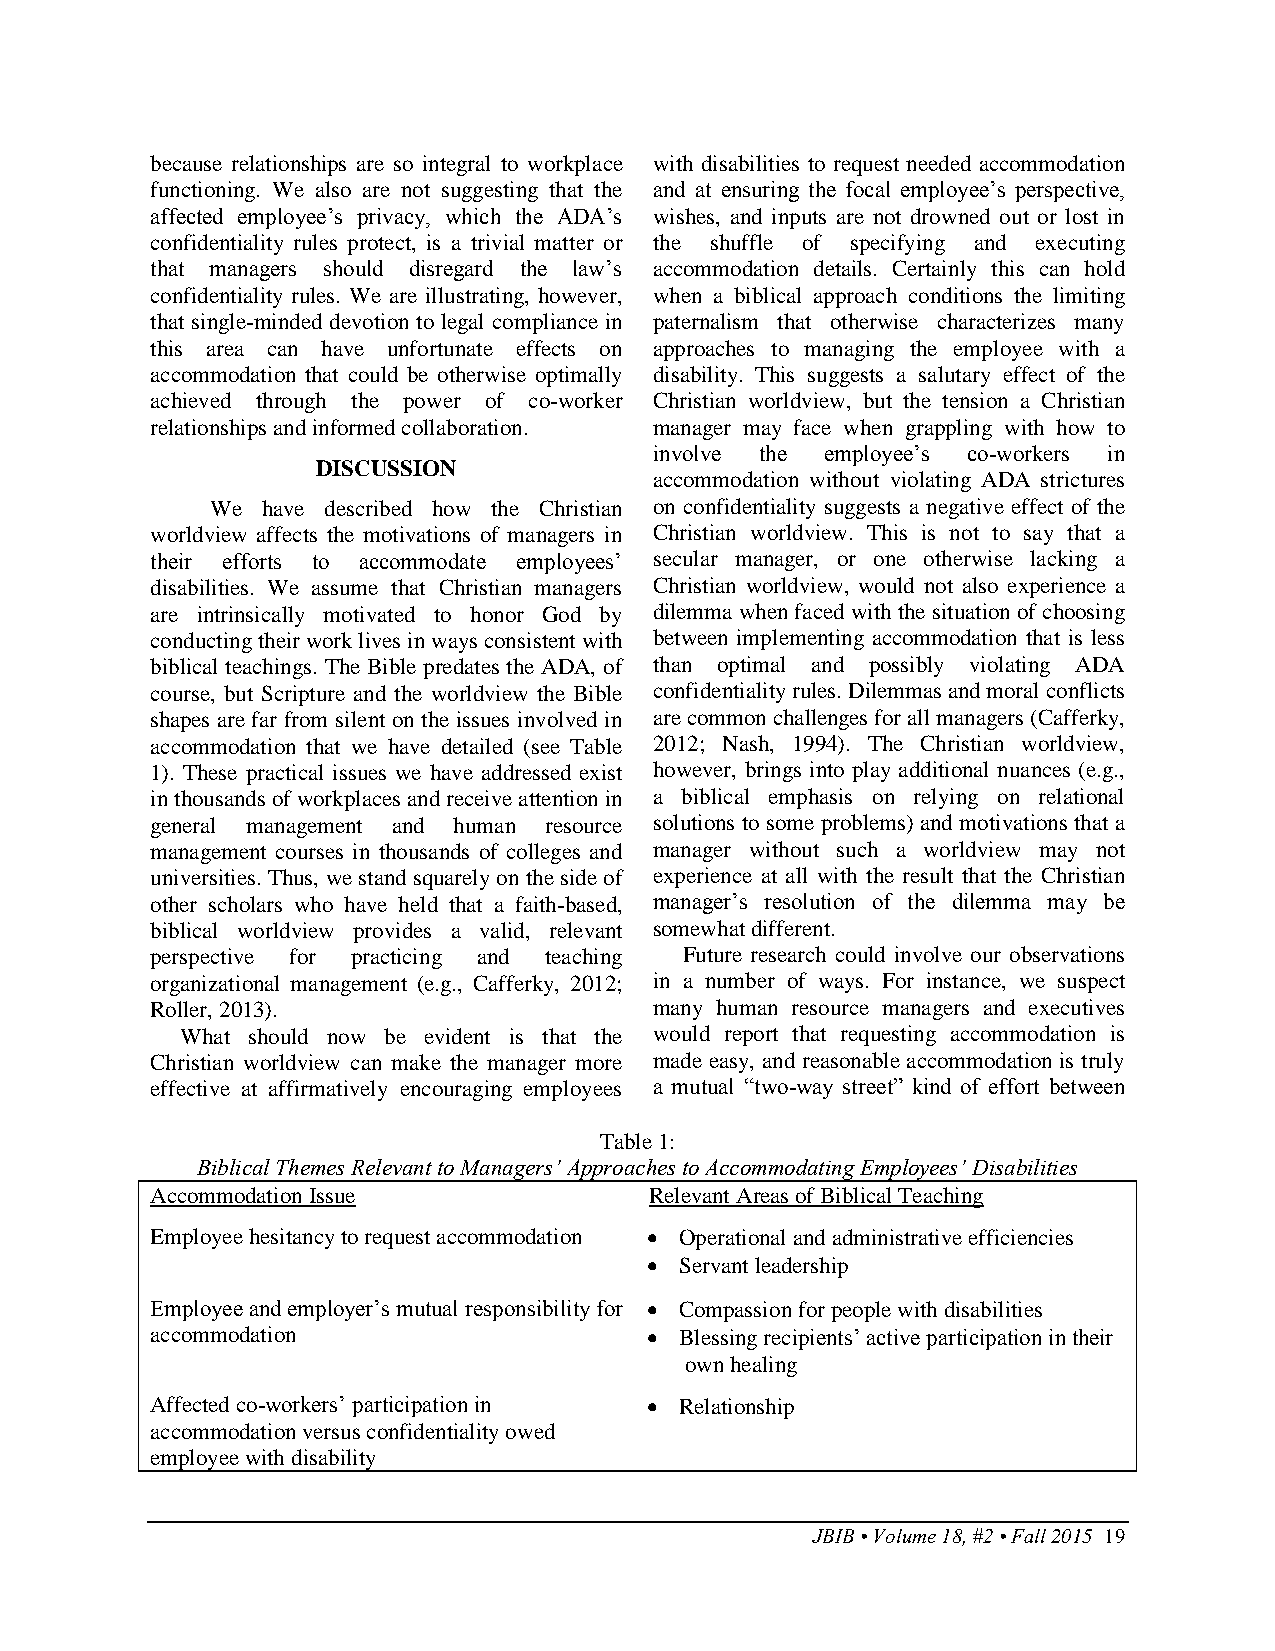
because relationships are so integral to workplace with disabilities to request needed accommodation
 functioning. We also are not suggesting that the and at ensuring the focal employee’s perspective,
 affected employee’s privacy, which the ADA’s wishes, and inputs are not drowned out or lost in
 confidentiality rules protect, is a trivial matter or the shuffle of specifying and executing
 that managers should disregard the law’s accommodation details. Certainly this can hold
 confidentiality rules. We are illustrating, however, when a biblical approach conditions the limiting
 that single-minded devotion to legal compliance in paternalism that otherwise characterizes many
 this area can have unfortunate effects on approaches to managing the employee with a
 accommodation that could be otherwise optimally disability. This suggests a salutary effect of the
 achieved through the power of co-worker Christian worldview, but the tension a Christian
 relationships and informed collaboration. manager may face when grappling with how to
 involve the employee’s co-workers in
 DISCUSSION
 accommodation without violating ADA strictures
 We have described how the Christian on confidentiality suggests a negative effect of the
 worldview affects the motivations of managers in Christian worldview. This is not to say that a
 their efforts to accommodate employees’ secular manager, or one otherwise lacking a
 disabilities. We assume that Christian managers Christian worldview, would not also experience a
 are intrinsically motivated to honor God by dilemma when faced with the situation of choosing
 conducting their work lives in ways consistent with between implementing accommodation that is less
 biblical teachings. The Bible predates the ADA, of than optimal and possibly violating ADA
 course, but Scripture and the worldview the Bible confidentiality rules. Dilemmas and moral conflicts
 shapes are far from silent on the issues involved in are common challenges for all managers (Cafferky,
 accommodation that we have detailed (see Table 2012; Nash, 1994). The Christian worldview,
 1). These practical issues we have addressed exist however, brings into play additional nuances (e.g.,
 in thousands of workplaces and receive attention in a biblical emphasis on relying on relational
 general management and human resource solutions to some problems) and motivations that a
 management courses in thousands of colleges and manager without such a worldview may not
 universities. Thus, we stand squarely on the side of experience at all with the result that the Christian
 other scholars who have held that a faith-based, manager’s resolution of the dilemma may be
 biblical worldview provides a valid, relevant somewhat different.
 perspective for practicing and teaching Future research could involve our observations
 organizational management (e.g., Cafferky, 2012; in a number of ways. For instance, we suspect
 Roller, 2013).                   many human resource managers and executives
 What should now be evident is that the would report that requesting accommodation is
 Christian worldview can make the manager more made easy, and reasonable accommodation is truly
 effective at affirmatively encouraging employees a mutual “two-way street” kind of effort between
 Table 1:
 Biblical Themes Relevant to Managers’ Approaches to Accommodating Employees’ Disabilities
 Accommodation Issue              Relevant Areas of Biblical Teaching
 Employee hesitancy to request accommodation  Operational and administrative efficiencies
  Servant leadership
 Employee and employer’s mutual responsibility for  Compassion for people with disabilities
 accommodation                     Blessing recipients’ active participation in their
 own healing
 Affected co-workers’ participation in  Relationship
 accommodation versus confidentiality owed
 employee with disability
 JBIB • Volume 18, #2 • Fall 2015 19